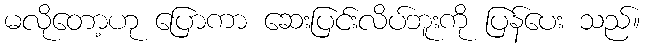
မလိုတော့ဟု ပြောကာ ဆေးပြင်းလိပ်ဘူးကို ပြန်ပေး သည်။